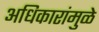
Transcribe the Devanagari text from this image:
अधिकारांमुळे